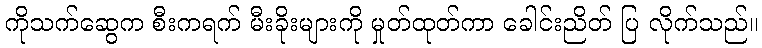
ကိုသက်ဆွေက စီးကရက် မီးခိုးများကို မှုတ်ထုတ်ကာ ခေါင်းညိတ် ပြ လိုက်သည်။